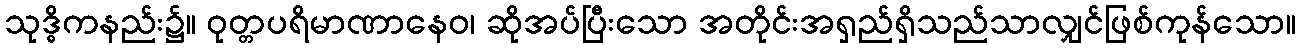
သုဒ္ဓိကနည်း၌။ ဝုတ္တပရိမာဏာနေဝ၊ ဆိုအပ်ပြီးသော အတိုင်းအရှည်ရှိသည်သာလျှင်ဖြစ်ကုန်သော။